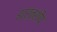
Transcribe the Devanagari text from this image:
इटर्नशीप